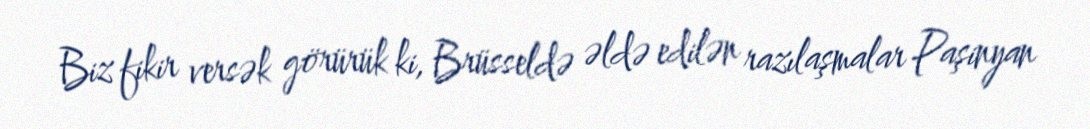
Biz fikir versək görürük ki, Brüsseldə əldə edilən razılaşmalar Paşinyan